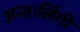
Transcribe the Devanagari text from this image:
अन्तःलिंगी